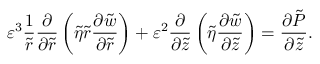
\varepsilon ^ { 3 } \frac { 1 } { \tilde { r } } \frac { \partial } { \partial \tilde { r } } \left( \tilde { \eta } \tilde { r } \frac { \partial \tilde { w } } { \partial \tilde { r } } \right) + \varepsilon ^ { 2 } \frac { \partial } { \partial \tilde { z } } \left( \tilde { \eta } \frac { \partial \tilde { w } } { \partial \tilde { z } } \right) = \frac { \partial \tilde { P } } { \partial \tilde { z } } .